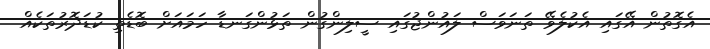
އެގޮތުން އޭގައި އެކުލެވޭ ތަނަވަސް ލައުންޖުގައި ސީލިންގުން ތަޅުންގަނޑާ ހަމައަށް ބޮޑެތި ކުޑަދޮރުތަކެއް